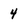
Character: 4